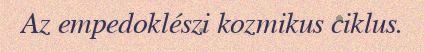
Az empedoklészi kozmikus ciklus.